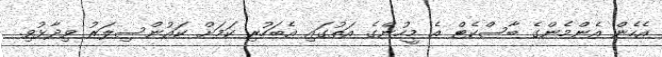
އެހެން އެންމެންގެ ބާސްކެޓް އެ މީހުންގެ އަތުގައި އެބަހުރި ކަމަށް ކައުންސިލަރު ވިދާޅުވި.